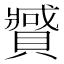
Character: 𰷍